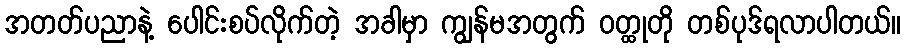
အတတ်ပညာနဲ့ ပေါင်းစပ်လိုက်တဲ့ အခါမှာ ကျွန်မအတွက် ဝတ္ထုတို တစ်ပုဒ်ရလာပါတယ်။